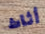
أثاث